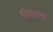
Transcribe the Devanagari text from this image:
पीरूराम